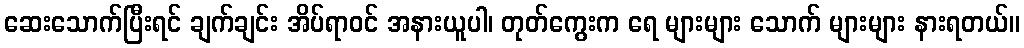
ဆေးသောက်ပြီးရင် ချက်ချင်း အိပ်ရာဝင် အနားယူပါ၊ တုတ်ကွေးက ရေ များများ သောက် များများ နားရတယ်။